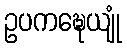
ဥပကဍ္ဎေယျုံ